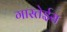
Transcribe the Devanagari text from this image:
गास्तेईस